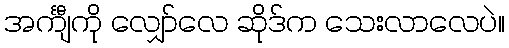
အင်္ကျီကို လျှော်လေ ဆိုဒ်က သေးလာလေပဲ။